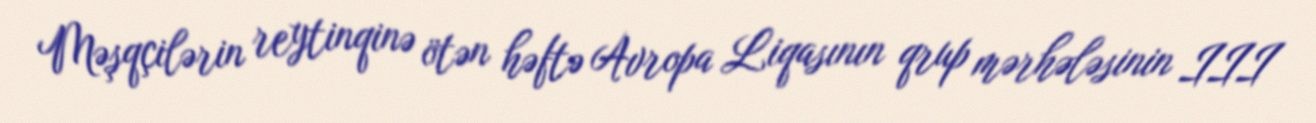
Məşqçilərin reytinqinə ötən həftə Avropa Liqasının qrup mərhələsinin III